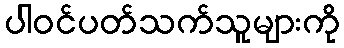
ပါဝင်ပတ်သက်သူများကို